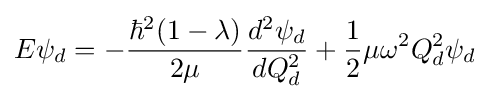
E\psi _{d}=-{\frac {\hbar ^{2}(1-\lambda )}{2\mu }}{\frac {d^{2}\psi _{d}}{dQ_{d}^{2}}}+{\frac {1}{2}}\mu \omega ^{2}Q_{d}^{2}\psi _{d}